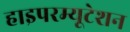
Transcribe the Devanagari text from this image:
हाइपरम्यूटेशन